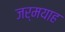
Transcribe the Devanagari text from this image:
जर्मयाह